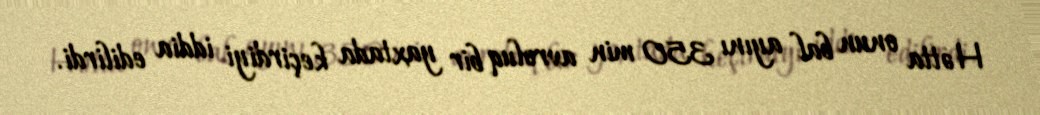
Hətta onun bal ayını 350 min avroluq bir yaxtada keçirdiyi iddia edilirdi.